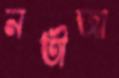
নতীজা